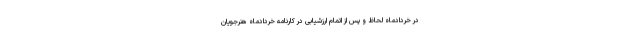
در خردادماه لحاظ و پس از اتمام ارزشیابی در کارنامه خردادماه هنرجویان